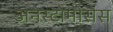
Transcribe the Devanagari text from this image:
अनेस्टोमोसेस